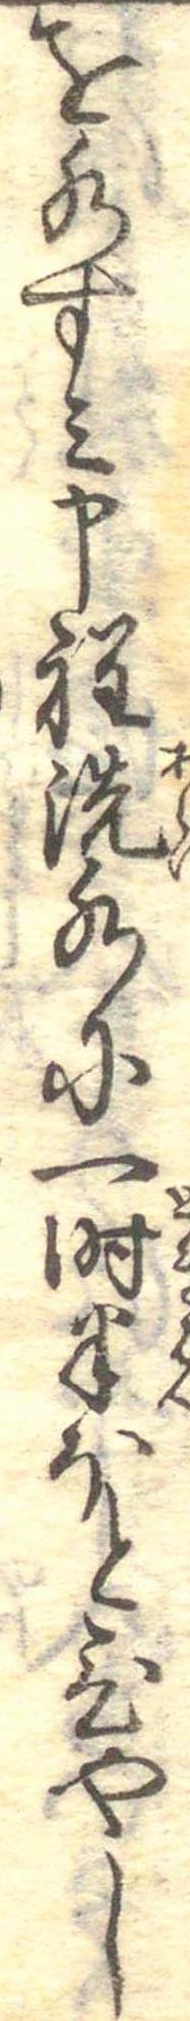
を水すみ申程洗水に一時半ほとひやし